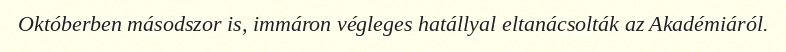
Októberben másodszor is, immáron végleges hatállyal eltanácsolták az Akadémiáról.